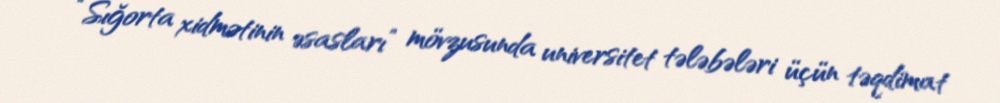
“Sığorta xidmətinin əsasları” mövzusunda universitet tələbələri üçün təqdimat